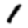
Digit: 1